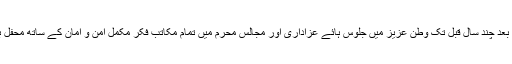
قیام پاکستان کے بعد چند سال قبل تک وطن عزیز میں جلوس ہائے عزاداری اور مجالس محرم میں تمام مکاتب فکر مکمل امن و امان کے ساتھ محفل برپا کرتے رہے۔